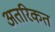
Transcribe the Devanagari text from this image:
अतरिकत